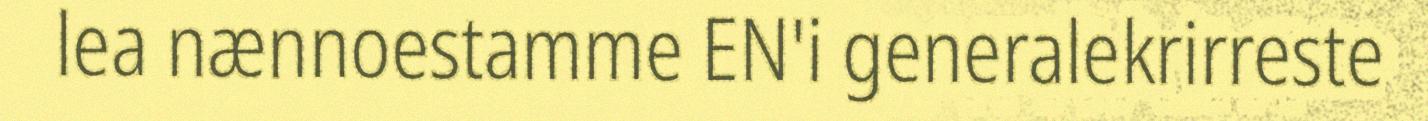
lea nænnoestamme EN'i generalekrirreste